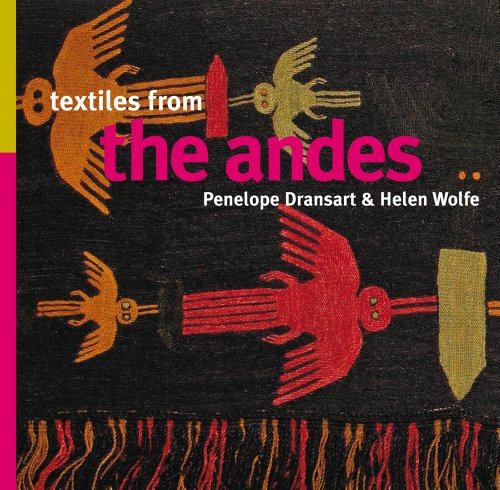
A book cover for Textiles from the Andes; Penelope Dransart; History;